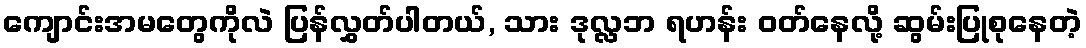
ကျောင်းအမတွေကိုလဲ ပြန်လွှတ်ပါတယ်, သား ဒုလ္လဘ ရဟန်း ဝတ်နေလို့ ဆွမ်းပြုစုနေတဲ့